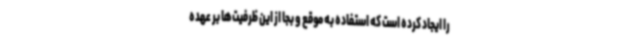
را ایجاد کرده است که استفاده به موقع و بجا از این ظرفیت‌ها بر عهده